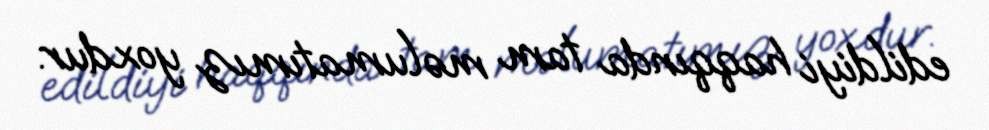
edildiyi haqqında tam məlumatımız yoxdur.